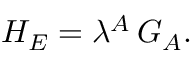
{ \cal H } _ { E } = \lambda ^ { A } \, G _ { A } .